Leaving Certificate Examination (including Day School Certificate (Higher) General paper), 1937
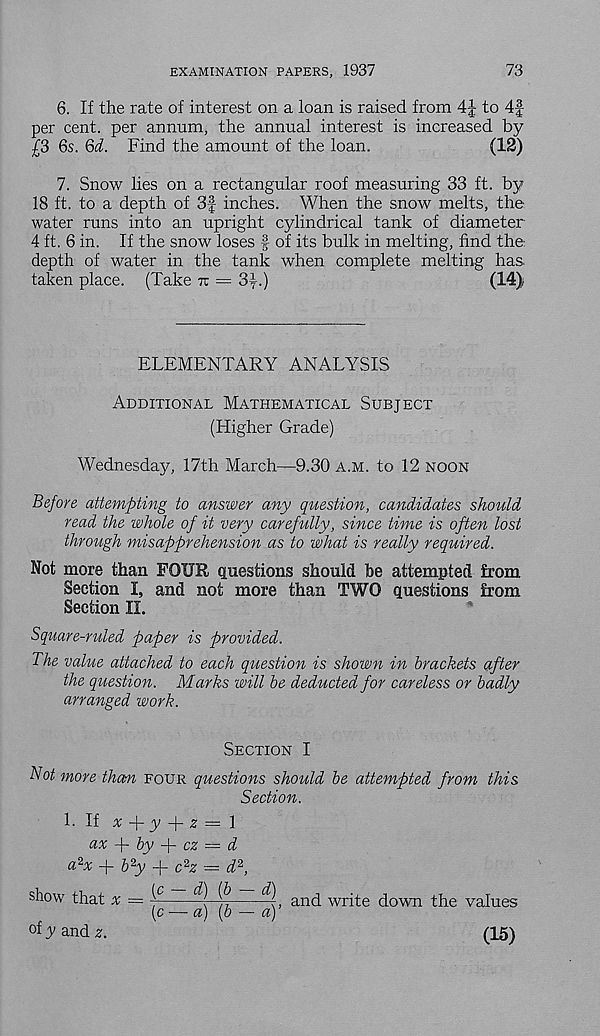
EXAMINATION PAPERS, 1937
73
6. If the rate of interest on a loan is raised from 4J to 4f
per cent, per annum, the annual interest is increased by
£3 6s. 6d. Find the amount of the loan.
(12)
7. Snow lies on a rectangular roof measuring 33 ft. by
18 ft. to a depth of 3f inches. When the snow melts, the
water runs into an upright cylindrical tank of diameter
4 ft. 6 in. If the snow loses | of its bulk in melting, find the
depth of water in the tank when complete melting has.
taken place. (Take tz = 34.)
(14),
ELEMENTARY ANALYSIS
Additional Mathematical Subject
(Higher Grade)
Wednesday, 17th March—9.30 a.m. to 12 noon
Before attempting to answer any question, candidates should
read the whole of it very carefully, since lime is often lost
through misapprehension as to what is really required.
Not more than FOUR questions should be attempted from
Section I, and not more than TWO questions from
Section II.
Square-ruled paper is provided.
The value attached to each question is shown in brackets after
the question. Marks will be deducted for careless or badly
arranged work.
Section I
Blot more than four questions should be attempted from this
Section.
L If x -f y -f z = \
ax
by
cz = d
a 2 x + b 2 y + c 2 z = d 2 ,
show
°f y and z.
, and write down the values
(15)